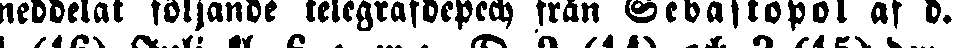
meddelat följande telegrafdepech från Sebastopol af d.